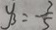
y _ { 3 } = - \frac { 7 } { 5 }